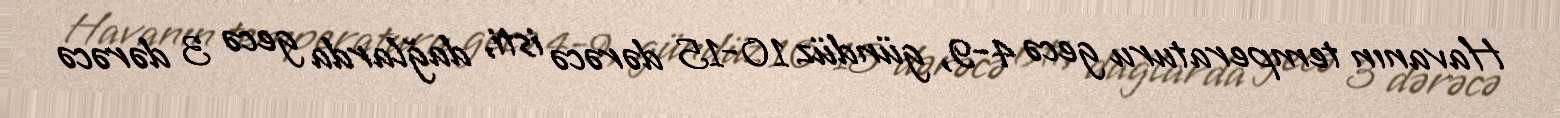
Havanın temperaturu gecə 4-9, gündüz 10-15 dərəcə isti, dağlarda gecə 3 dərəcə